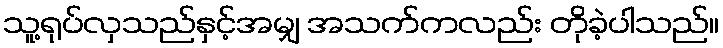
သူ့ရုပ်လှသည်နှင့်အမျှ အသက်ကလည်း တိုခဲ့ပါသည်။